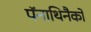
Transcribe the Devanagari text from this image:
पॅनाथिनैको